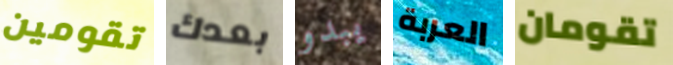
تقومين بعدك يبدو العربة تقومان